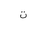
Letter: _ta